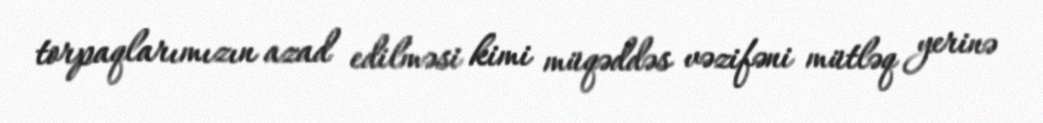
torpaqlarımızın azad edilməsi kimi müqəddəs vəzifəni mütləq yerinə